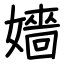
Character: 嬙